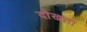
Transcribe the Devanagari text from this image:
दोखता